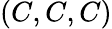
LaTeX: (C,C,C)